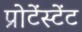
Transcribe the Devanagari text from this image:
प्रोटेंस्टेंट